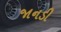
જાનડી